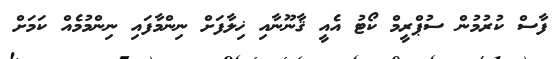
ފާސް ކުރުމުން ސުޕްރީމް ކޯޓު އެއީ ޤާނޫނާއި ޚިލާފަށް ނިންމާފައި ނިންމުމެއް ކަމަށް